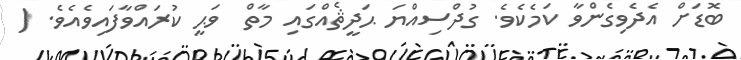
ބޮޑަށް އެދެވިގެންވާ ކަމެކެވެ. ގުދްސިއްޔަ ޙަދީޘެއްގައި މާތް  ވަޙީ ކުރައްވާފައިވެއެވެ. (